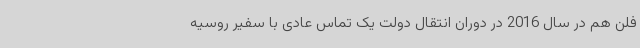
فلن هم در سال 2016 در دوران انتقال دولت یک تماس عادی با سفیر روسیه